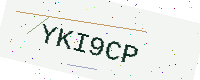
Text: YKI9CP